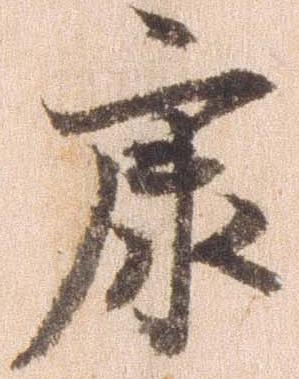
康